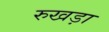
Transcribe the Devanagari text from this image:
रुखड़ा